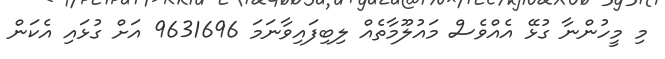
މި މީހުންނާ ގުޅޭ އެއްވެސް މައުލޫމާތެއް ލިބިފައިވާނަމަ 9631696 އަށް ގުޅައި އެކަން